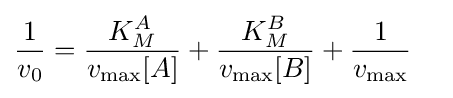
{\begin{aligned}{\frac {1}{v_{0}}}&={\frac {K_{M}^{A}}{v_{\max }{[}A{]}}}+{\frac {K_{M}^{B}}{v_{\max }{[}B{]}}}+{\frac {1}{v_{\max }}}\end{aligned}}